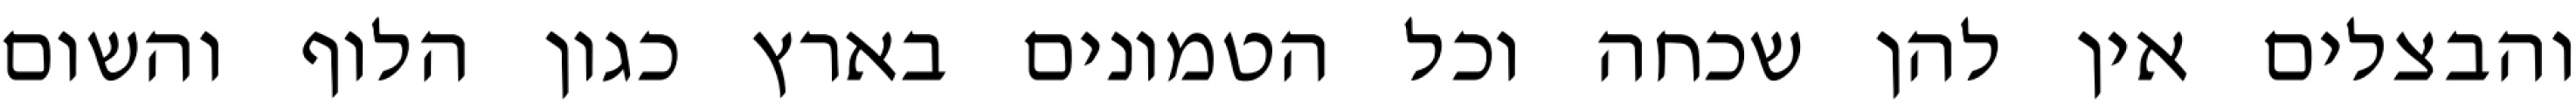
והבצלים אין להן שכחה וכל הטמונים בארץ כגון הלוף והשום